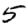
Digit: 5